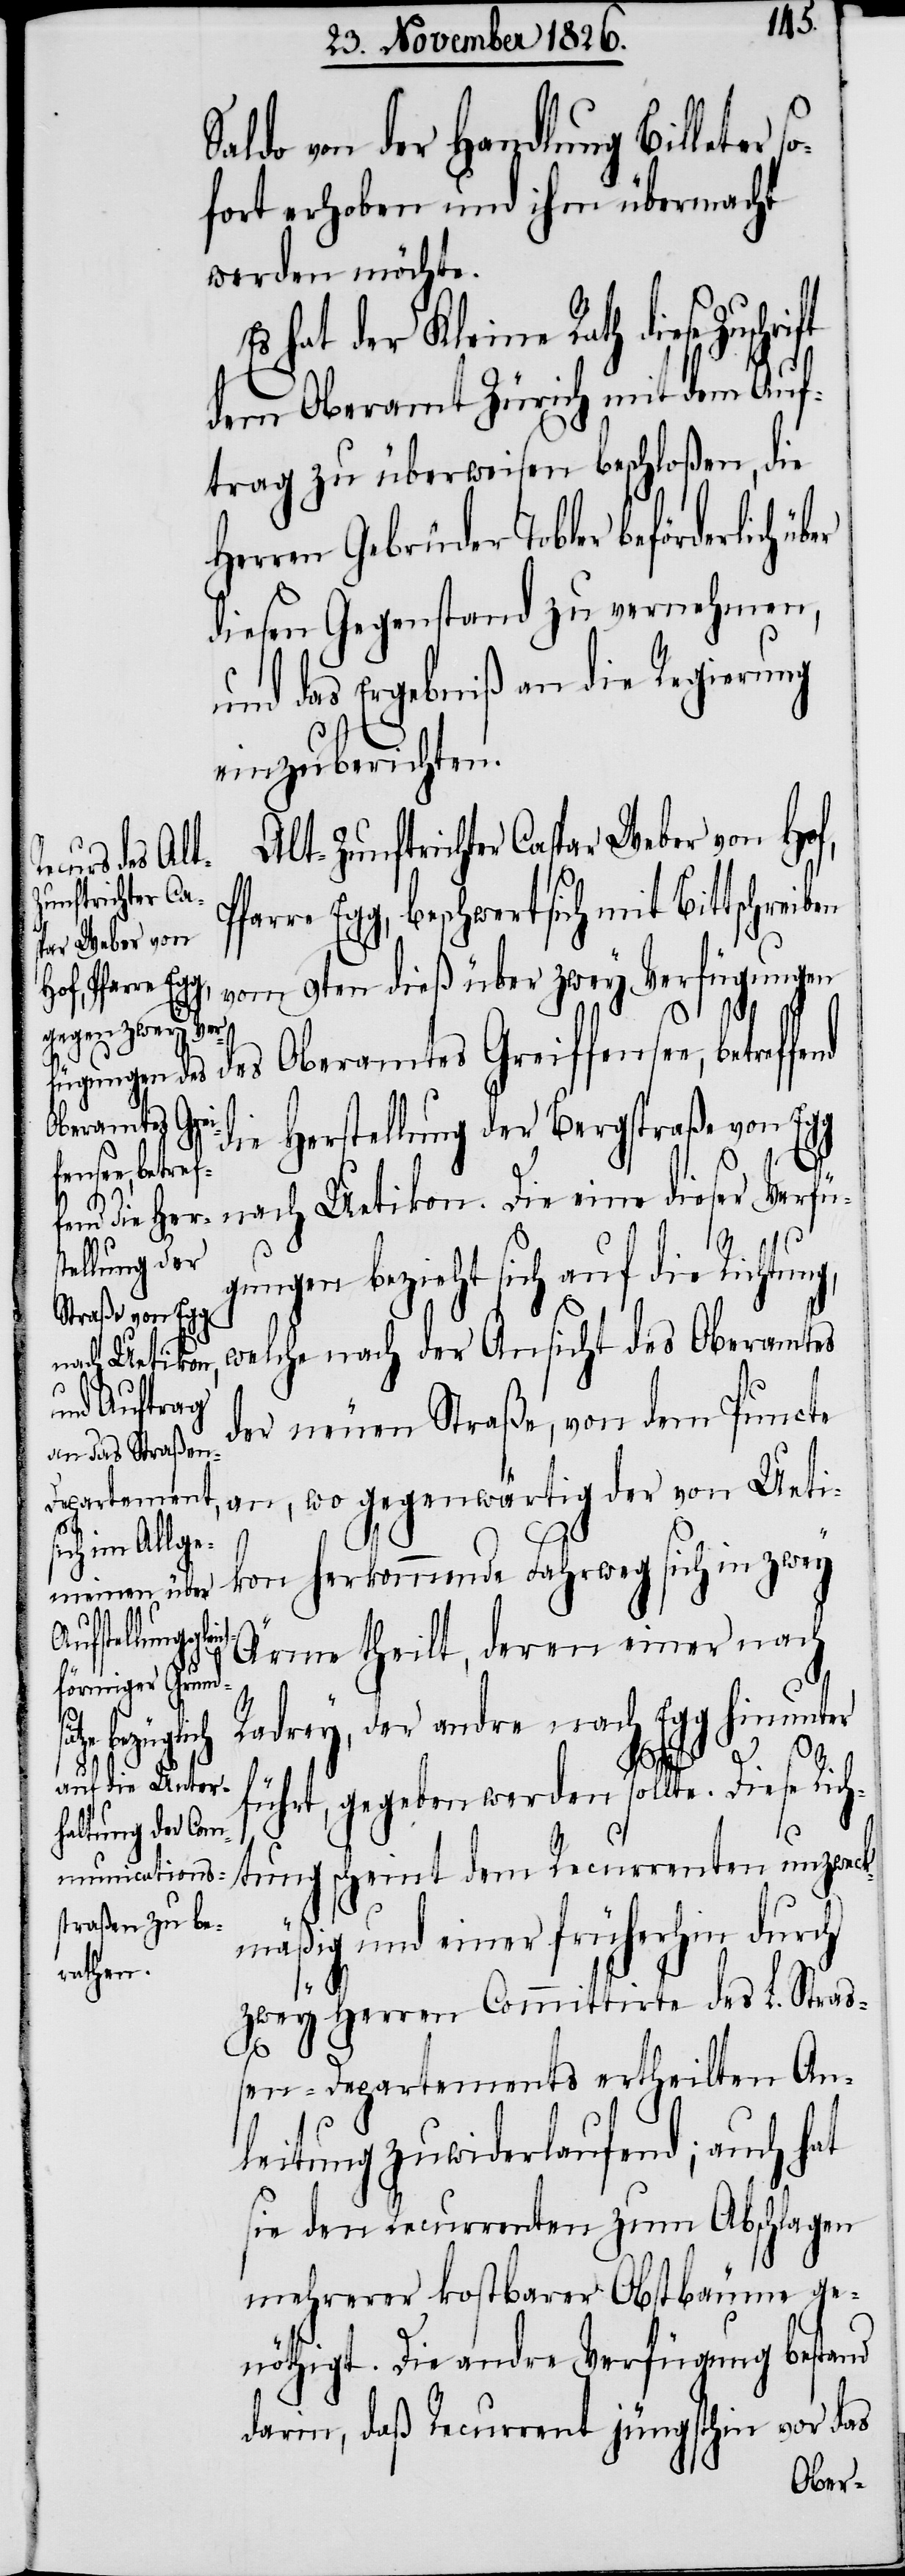
aldo von der Handlung Billeter
fort erhoben und ihm übermacht
werden möchte.
hat der Kleine Rath diese Zuschr¬
dem Oberamt Zürich mit dem Auf¬
trag zu überweisen beschloßen, die
Herren Gebrüder Tobler beförderlich ü¬
diesen Gegenstand zu vernehmen,
und das Ergebniß an die Regierung
einzuberichten.
Alt-Zunftrichter Caspar Weber von Hof,
Pfarre Egg, beschwert sich mit Bittschreiben
vom 9ten dieß über zwey Verfügungen
ffensee,
des
betreffen¬
Oberamtes Grei¬
d Herstellung der Bergstraße vo¬
n Egg nach Uetikon. Die eine dieser Verfü¬
gungen bezieht sich auf die Richtung,
welche nach der Ansicht des Oberamtes
so¬
der neuen Straße, von dem Puncte
an, wo gegenwärtig der von Ueti¬
kon herkommende Fahrweg sich in zwey
Ärme theilt, deren einer nach
Radrey, der andre nach Egg hinunter
S¬
führt, gegeben werden sollte. Diese Rich¬
tung scheint dem Recurrenten unzweck¬
mäßig und einer früherhin durch
zwey Herren Committirte des L. Stra¬
ßen-Departements ertheilten An¬
leitung zuwiderlaufend; auch hat
sie den Recurrenten zum Abschlagen
mehrerer kostbarer Obstbäume ge¬
nöthigt. Die andre Verfügung bestand
darin, daß Recurrent jüngsthin vor das